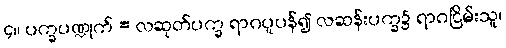
၄။ ပက္ခပဏ္ဍုက် = လဆုတ်ပက္ခ ရာဂပူပန်၍ လဆန်းပက္ခ၌ ရာဂငြိမ်းသူ၊